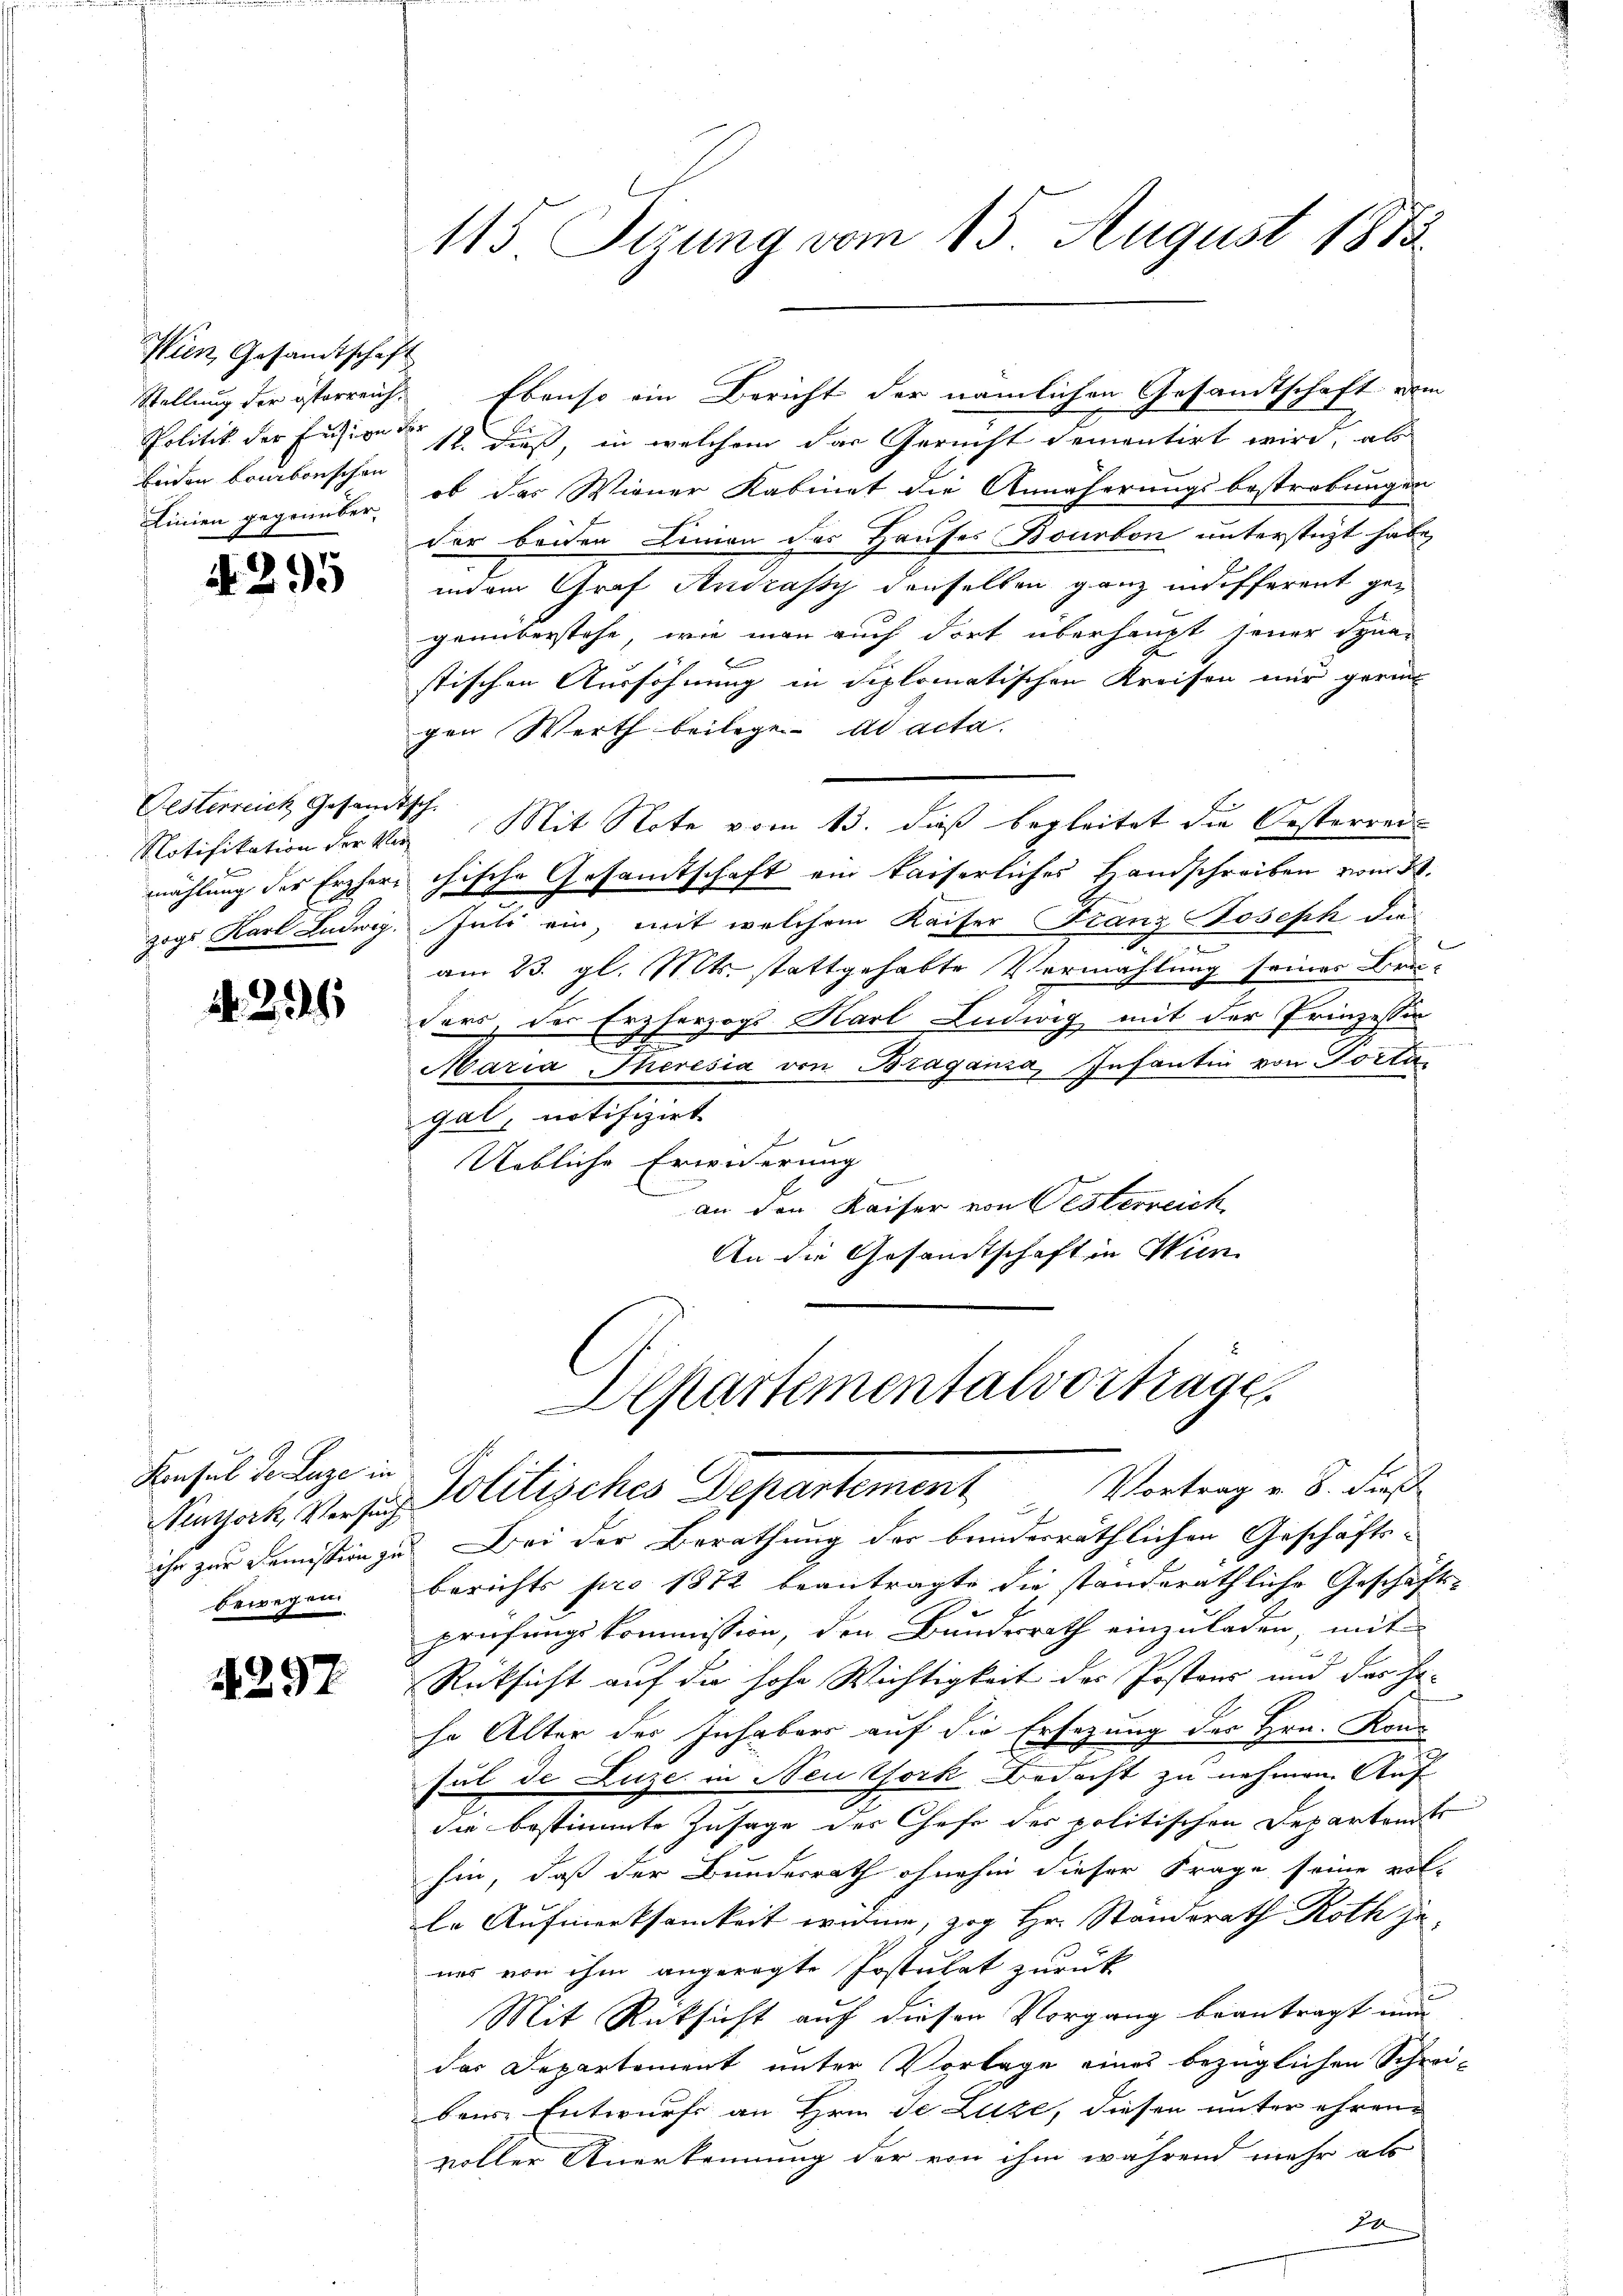
Wien Gesandtschaft
beiden kambonischen

4295

Gesterreich Gesandtsch.
Notifikation der Ver

A. 294

Konsul de Luze in
bewegen

4257

115 Serung vom 15. August 1883

Stellung der österreich. Ebenso ein Bericht der nämlichen Gesandtschaft vom
Politik der Fusion den 12. dieß, in welchem das Gericht dementirt wird, als
Linien gegenüber, ob das Wiener Kabinet die Annäherungsbestrebungen
der beiden Linien des Hauses Bourton unterstüzt habe,
indem Graf Andrassy denselben ganz indifferent gegenüberstehe, wie man auch dort überhaupt seiner Syna-
e
stischen Aussöhnung in diplomatischen Kreisen nur geri
gen Werth beilege ad acta.
Mit Note vom 13. dieß begleitet die Oesterreis
mählung der Erzheri chische Gesamtschaft ein kaiserliches Handschreiben vom 23.
zogs Karl Ludwig. Juli ein, mit welchem Kaiser Franz Joseph die
am 23. gl. Mts. stattgehabte Vermahlung seiner Bru-
ders, der Erzherzogs Karl Ludwig mit der Prinzessin
Maria Theresia von Braganza, Infantin von Torten
gal, notifizirt
Uebliche Erwiderung
an der Kaiser von Oesterreich
An die Gesandtschaft in Wien

Alpartementalvortrage
Kirgati vers Politisches Departement, Vortrag e S. dies

ihr zur Demission zu Bei der Berathung der bunderräthlichen Geschäftsberichts pro 1872 beantragte die standeräthliche Geschäfts-
prüfungskommission, den Bundesrath einzuladen, mit
Rücksicht auf die hohe Wichtigkeit des Postens und das Ha-
so Alter des Inhabers auf die Ersezung des Hrn. Konsul de Luze in Neu York Bedacht zu nehmen. Auf
die bestimmte Zusage der Chefe des politischen Departants
hin, daß der Bundesrath ohnehin dieser Frage seine volle Aufmerksamkeit widme, zog Hr. Standerath Roth je
nes von ihm angeregte Postulat zurück
n
Mit Rücksicht auf diesen Vorgang beantragt nun
das Departement unter Vorlage eines bezüglichen Schwi-
bens Entwurf an Hrn. Je Luze, diesen unter ehren
voller Anerkennung der von ihm während mehr als
Jose